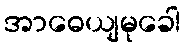
အာဓေယျမုခေါ